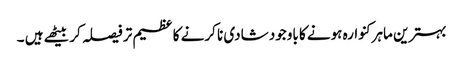
بہترین ماہرکنوارہ ہونے کا باوجود شادی نا کرنے کا عظیم تر فیصلہ کر بیٹھے ہیں ۔